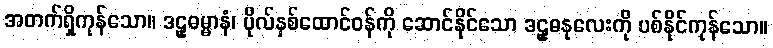
အတက်ရှိကုန်သော။ ဒဠှဓမ္မာနံ၊ ပိုလ်နှစ်ထောင်ဝန်ကို ဆောင်နိုင်သော ဒဠှဓနုလေးကို ပစ်နိုင်ကုန်သော။